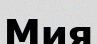
Мия